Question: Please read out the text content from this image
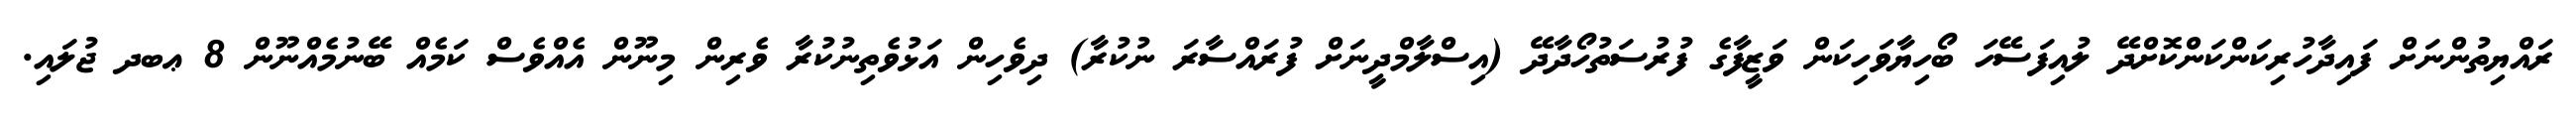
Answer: ރައްޔިތުންނަށް ފައިދާހުރިކަންކަންކޮށްދޭ ލުއިފަސޭހަ ބޯހިޔާވަހިކަން ވަޒީފާގެ ފުރުސަތުހޯދާދޭ (އިސްލާމްދީނަށް ފުރައްސާރަ ނުކުރާ) ދިވެހިން އަޅުވެތިނުކުރާ ވެރިން މިނޫން އެއްވެސް ކަމެއް ބޭނުމެއްނޫން 8 ޢބދ ޖުލައި.